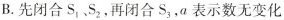
B.先闭合S_{1}、S_{2}，再闭合S_{3},a表示数无变化